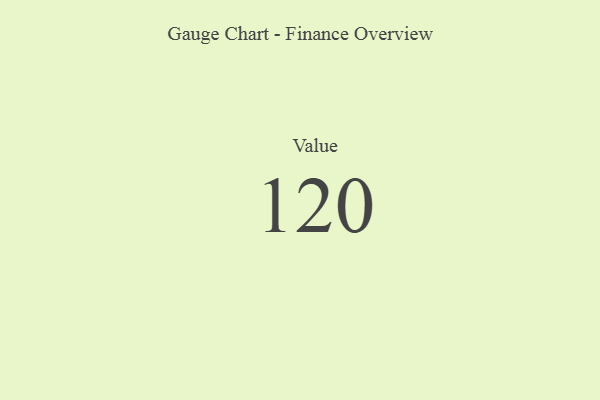
{"axis": {"x": "Metric", "y": "Value"}, "legend": [""], "data": [{"x": "Value", "y": 120, "type": ""}]}